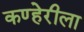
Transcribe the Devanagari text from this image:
कण्हेरीला